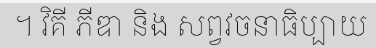
។ វិគី ភីឌា និង សព្វវចនាធិប្បាយ